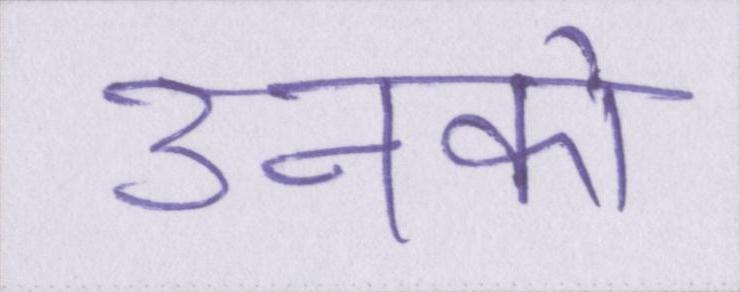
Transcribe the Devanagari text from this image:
उनको